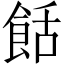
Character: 餂